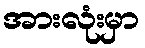
အားလုံးမှာ